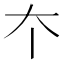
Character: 𡗔